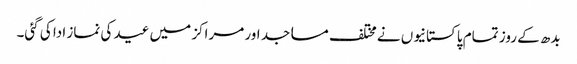
بدھ کے روز تمام پاکستانیوں نے مختلف مساجد اور مراکز میں عید کی نماز ادا کی گئی۔